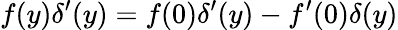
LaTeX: f(y)\delta^{\prime}(y)=f(0)\delta^{\prime}(y)-f^{\prime}(0)\delta(y)